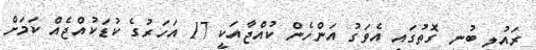
ރައުލީ ބުނި ގޮތުގައި އެވަގު އަންހެން ކުއްޖާއަކީ 17 އަހަރުގެ ކުޑަކުއްޖެއް ކަމަށް